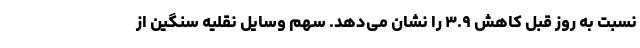
نسبت به روز قبل کاهش ۳.۹ را نشان می‌دهد. سهم وسایل نقلیه سنگین از